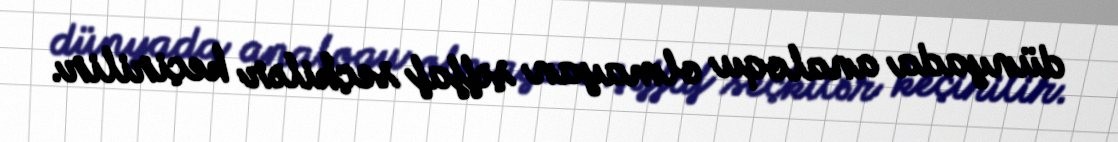
dünyada analoqu olmayan şəffaf seçkilər keçirilir.